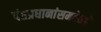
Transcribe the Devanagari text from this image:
पंतप्रधानांसमवेतही